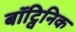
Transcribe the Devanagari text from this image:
बॉट्विनिक